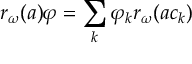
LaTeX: r _ { \omega } ( a ) \varphi = \sum _ { k } \varphi _ { k } r _ { \omega } ( a c _ { k } )